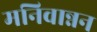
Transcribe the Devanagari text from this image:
मनिवान्नन